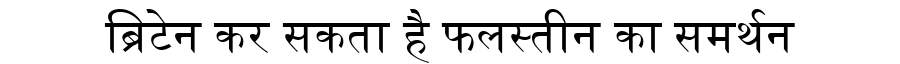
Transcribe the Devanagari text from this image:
ब्रिटेन कर सकता है फलस्तीन का समर्थन